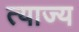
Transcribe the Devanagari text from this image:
त्‍याज्‍य